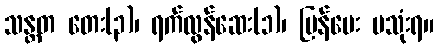
သန္တတ တေး(၃)၊ ရက်လွန်ဆေး(၁)၊ ပြန်ပေး မသုံးရ။